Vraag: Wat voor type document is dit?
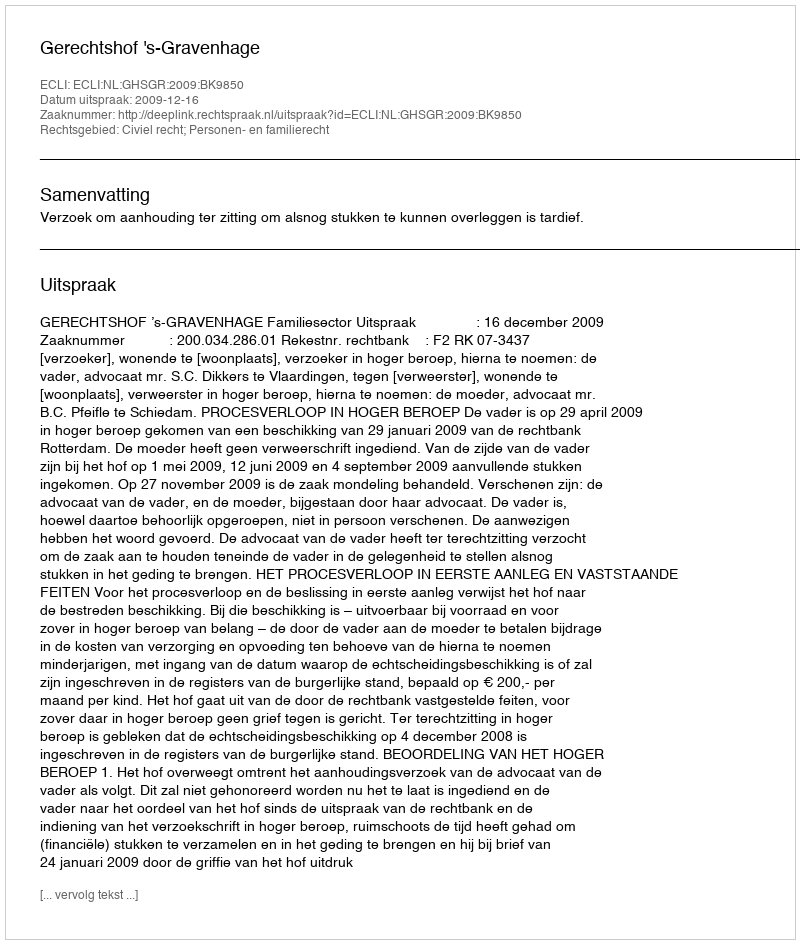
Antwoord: Uitspraak